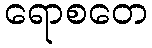
ရောစတေ